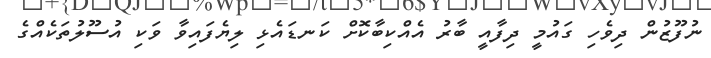
ނުފޫޒުން ދިވެހި ގައުމީ ދިފާއީ ބާރު އެއްކިބާކޮށް ކަނޑައެޅި ލިޔެފައިވާ ވަކި އުސޫލުތަކެއްގެ